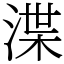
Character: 渫